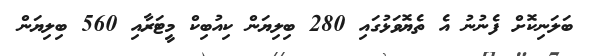
ބަލަނިކޮށް ފެނުނު އެ ތެޔޮވަޅުގައި 280 ބިލިޔަން ކިއުބިކް މީޓަރާއި 560 ބިލިޔަން